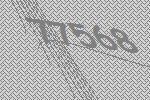
77568